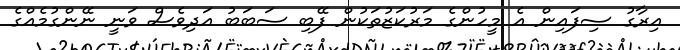
އިރާގު ސިފައިން އެ މީހުންގެ މަރުކަޒުތަކުން ފޭބި ސަބަބު އަދިވެސް ވަނީ ނޭންގުމެއްގެ